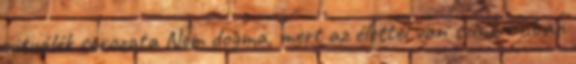
rituálék sorozata Nem dogma, mert az élettel van szinkronban